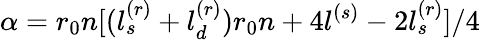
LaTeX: \alpha=r_{0}n[(l_{s}^{(r)}+l_{d}^{(r)})r_{0}n+4l^{(s)}-2l_{s}^{(r)}]/4